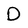
Character: D